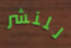
للنشر